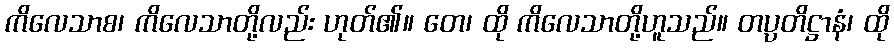
ကိလေသာစ၊ ကိလေသာတို့လည်း ဟုတ်၏။ တေ၊ ထို ကိလေသာတို့ဟူသည်။ တပ္ပတိဋ္ဌာနံ၊ ထို